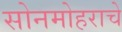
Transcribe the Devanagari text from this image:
सोनमोहराचे